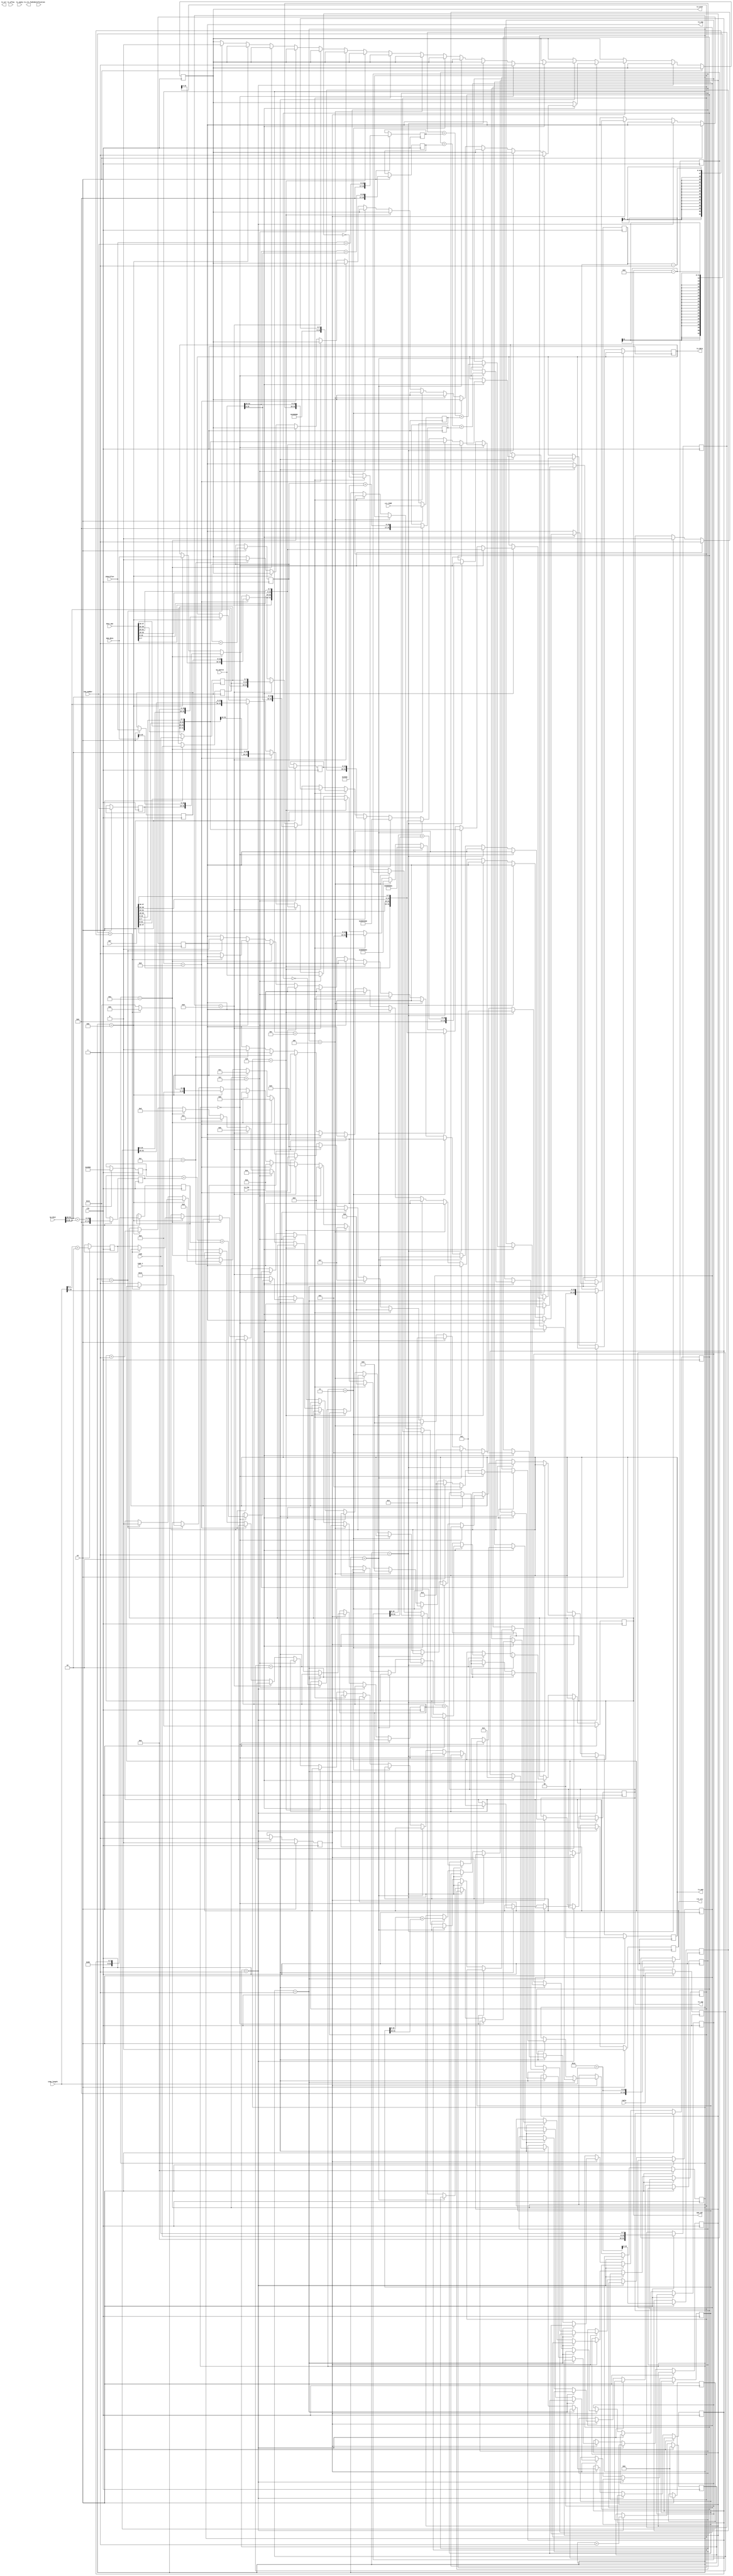
//-----------------------------------------------------------------------------
//
// Title       : udp_sender
// Design      : list
// Company     : Microsoft
//
//-----------------------------------------------------------------------------
//
// Generated   : Tue Feb  5 15:49:38 2019
// From        : interface description file
// By          : Itf2Vhdl ver. 1.22
//
//-----------------------------------------------------------------------------
//
// Description : 
//
//-----------------------------------------------------------------------------
`timescale 1 ns / 1 ps

//{{ Section below this comment is automatically maintained
//   and may be overwritten
//{module {udp_sender}}
module arp_sender ( en,tx_uflow ,tx_septy ,tx_mod ,tx_err ,
	tx_crc_fwd ,tx_wren ,tx_rdy ,tx_eop ,
	tx_sop ,tx_data ,ip_dest ,ip_source ,dest_mac ,mac ,clk,reply,
	type_i,code,identifier,seq_number,identification,mem_data,mem_adr,crc_ICMP,icmp_length,rst_crc
	 );

input [15:0] icmp_length;
input [31:0] crc_ICMP;	 
	 
input  [31:0] mem_data;
output [10:0] mem_adr;	 
	 
input [15:0] identification ;
wire [15:0] identification ;

input [7:0] reply ;
wire [7:0] reply ;

input [7:0] type_i;
wire  [7:0] type_i;

input [7:0] code;
wire  [7:0] code;

input [15:0] identifier;
wire  [15:0] identifier;

input [15:0] seq_number;
wire  [15:0] seq_number;

output rst_crc;

output [1:0] tx_mod ;
wire [1:0] tx_mod ;	//Indicates invalid bytes in the final frame word
output tx_err ;
wire tx_err ;
output tx_crc_fwd ;
wire tx_crc_fwd ;
output tx_wren ;
wire tx_wren ;
output tx_eop ;
wire tx_eop ;
output tx_sop ;
wire tx_sop ;
output [31:0] tx_data ;
wire [31:0] tx_data ;

input en ;
wire en ;
input tx_uflow ;
wire tx_uflow ;
input tx_septy ;
wire tx_septy ;
input tx_rdy ;
wire tx_rdy ;



input [31:0] ip_dest ;
wire [31:0] ip_dest ;
input [31:0] ip_source ;
wire [31:0] ip_source ;
input [47:0] dest_mac ;
wire [47:0] dest_mac ;
input [47:0] mac ;
wire [47:0] mac ;
input clk ;
wire clk ;

reg [15:0] step=0;
reg [31:0] data_reg=0;
reg [31:0] crc_reg=0;

reg [1:0]  tx_mod_reg=0;
reg  tx_sop_reg=0;
reg  tx_eop_reg=0;
reg  tx_wren_reg=0;	
reg [15:0] sch=0;
reg [ 7:0] code_reply=0;
reg [31:0] reg_timer=0;

reg [15:0] lenght_Type=16'h0800; 
reg [ 7:0] Version_IntHiderLengh=8'h45;   
reg [ 7:0] Diff_service=8'h00; 
reg [15:0] Total_length=16'd60;//20 (ip header) + 8 (udp header) +  32 byte data 	= 
reg [15:0] Total_length_z =16'd60;
reg [15:0] Total_length_z2=16'd60;//      
reg [15:0] reg_Identification=16'h00;	
reg [15:0] Flags_fragment_offset=16'h4000;	//dont'fragment 
reg [ 7:0] Time_to_live=8'd128;	
reg [ 7:0] Protocol=8'h11;
reg [31:0] temp_Header_crc=0;

reg [31:0] crc0=0;
reg [31:0] crc1=0;
reg [31:0] crc2=0;
reg [31:0] crc3=0;
reg [31:0] crc4=0;
reg [31:0] crc5=0;
reg [31:0] crc_x=0;
reg [31:0] crc_y=0;

reg [31:0] cc0=0;
reg [31:0] cc1=0;
reg [31:0] cc2=0;
reg [31:0] cc3=0;
reg [31:0] cc4=0;
reg [31:0] cc5=0;
reg [31:0] cc_x=0;
reg [31:0] cc_y=0;


reg [15:0] Header_crc=0; 
reg [15:0] Header_crc_temp=0; 
reg [15:0] Length=46;//8 (UDP header) + 38 byte data
reg [31:0] Checksum=0;	  
reg [15:0] ARP_frame_type=16'h0806;
reg [15:0] sch_ident=0;
reg flag_crc=0;

//ICMP
reg [ 7:0] reg_type=0;
reg [ 7:0] reg_code=0;
reg [15:0] reg_identifier=0;
reg [15:0] reg_seq_number=0; 
reg [31:0] reg_message=32'hdeedbeef;
reg [10:0] reg_mem_adr=0;
reg [15:0] reg_icmp_length=0;
reg [ 1:0] reg_mod_eop=0;
reg reg_rst_crc=0;
 
assign 	tx_sop=tx_sop_reg;
assign 	tx_eop=tx_eop_reg;
assign 	tx_wren=tx_wren_reg;
assign  tx_data=data_reg;
assign  tx_mod=tx_mod_reg;
assign  mem_adr = reg_mem_adr;
assign  rst_crc = reg_rst_crc;

always @(posedge clk)
	
	if (en) 
		begin
		step<=0;	
		crc_reg<=0;	
		sch<=0;
		code_reply<=reply;
		reg_type<=type_i;
		reg_code<=code;
		reg_identifier<=identifier;
		reg_seq_number<=seq_number;	
		tx_mod_reg<=0;
		reg_timer<=0;
		sch_ident<=sch_ident+1;
		
		flag_crc<=0;
		
		reg_icmp_length<=icmp_length>>2;
		reg_mod_eop<=icmp_length[1:0]+2'h2;
		reg_mem_adr<=0;
		reg_rst_crc<=0;
		
		Total_length      <=28+icmp_length;
		Total_length_z    <=28+icmp_length;
		crc5              <=28+icmp_length;
		reg_Identification<=sch_ident;//identification
		
		crc0<={Time_to_live,Protocol};
		crc1<= ip_dest[31:16]+ip_dest[15:0];
		crc2<={Version_IntHiderLengh,Diff_service};
		crc3<= sch_ident+Flags_fragment_offset;
		crc4<= ip_source[31:16]+ip_source[15:0];
		
		//-----------------
		cc0<={type_i,code};
		cc1<=identifier+seq_number;
		cc2<=crc_ICMP;
		
		end
	else
	if (reg_timer<1)
	begin
		reg_timer<=reg_timer+1;

		flag_crc<=1;
		
	end 
	else

if (flag_crc==1)
begin	

	if (code_reply==1)//ARP reply
	begin
	if (tx_rdy)
		begin
			
			if (step==0)   //------------------MAC header -----------------------
				begin
				tx_wren_reg<=1;//write enable	
				tx_sop_reg<=1;//start of packet	
				data_reg<={dest_mac[7:0],dest_mac[15:8],dest_mac[23:16],dest_mac[31:24]};
				step<=1;				
				end	else
			if (step==1)
				begin
				tx_sop_reg<=0;//start of packet	
				data_reg<={dest_mac[39:32],dest_mac[47:40],mac[7:0],mac[15:8]};	
				step<=2;
				end	else
			if (step==2)
				begin
				data_reg<={mac[23:16],mac[31:24],mac[39:32],mac[47:40]};	
				step<=3;
				end	else
			if (step==3)               //--------------ARP Header ---------
				begin
				data_reg<={ARP_frame_type,16'h0001};	//
				step<=4;
				end	else
			if (step==4)
				begin
				data_reg<={16'h0800,8'h06,8'h04};	 //
				step<=5;
				end	else  
			if (step==5)
				begin
				data_reg<={16'h0002,mac[47:40],mac[39:32]}; //
				step<=6;	
				end	else
			if (step==6)
				begin
				data_reg<={mac[31:24],mac[23:16],mac[15:8],mac[7:0]};		 //	
				step<=7;
				end	else
			if (step==7)
				begin
				data_reg<={ip_source[31:16],ip_source[15:0]};		 //	
				step<=8;
				end	else
			if (step==8)
				begin
				data_reg<={dest_mac[7:0],dest_mac[15:8],dest_mac[23:16],dest_mac[31:24]};	    //	
				step<=9;
				end	else		
			if (step==9)
				begin
				data_reg<={dest_mac[39:32],dest_mac[47:40],ip_dest[31:24],ip_dest[23:16]};	// 
				step<=10;
				end	else 
			if (step==10)
				begin
				data_reg<={ip_dest[16:0],crc_reg[31:24],crc_reg[23:16]};	//
				step<=11;
				end	else 
			if (step==11) //
				begin
				data_reg<={crc_reg[15:8],crc_reg[7:0],16'h0000};	
				step<=12;
				tx_eop_reg<=1'b1;//end of packet
				end	else
			if (step==12)
				begin 
				tx_wren_reg<=0;//write desable
				tx_eop_reg<=1'b0;
				step<=13;
				end	
		end
	end else
	if (code_reply==2)//ICMP reply
	begin
	if (tx_rdy)
		begin
			Protocol<=1;			
					
			if (step==0)   //------------------MAC header -----------------------
				begin				
				tx_wren_reg<=1;//write enable	
				tx_sop_reg<=1;//start of packet	
				data_reg<={dest_mac[7:0],dest_mac[15:8],dest_mac[23:16],dest_mac[31:24]};
				step<=1;	
				crc_x<=crc5+crc4+crc3;
				crc_y<=crc2+crc1+crc0;	

				cc_x<=cc0+cc1+cc2;
				end	else
			if (step==1)
				begin
				cc_y<=cc_x[15:0]+cc_x[31:16];
				temp_Header_crc<=crc_x+crc_y;
				tx_sop_reg<=0;//start of packet	
				data_reg<={dest_mac[39:32],dest_mac[47:40],mac[7:0],mac[15:8]};	
				step<=2;
				end	else
			if (step==2)
				begin
				Header_crc_temp<=(temp_Header_crc[15:0]+temp_Header_crc[31:16]);
				data_reg<={mac[23:16],mac[31:24],mac[39:32],mac[47:40]};	
				step<=3;
				end	else
			if (step==3)               //--------------IP Header ---------
				begin
				data_reg<={lenght_Type,Version_IntHiderLengh,Diff_service};	//ip header = 2 octet
				step<=4;
				end	else
			if (step==4)
				begin
				data_reg<={Total_length_z,reg_Identification};	 //	 ip header = 4 octet
				step<=5;
				end	else  
			if (step==5)
				begin
				data_reg<={Flags_fragment_offset,Time_to_live,Protocol}; //	 ip header = 4 octet	
				step<=6;	
				Header_crc<=~Header_crc_temp;
				end	else
			if (step==6)
				begin
				data_reg<={Header_crc,ip_source[31:16]};		 //	 ip header = 4 octet
				step<=7;
				end	else
			if (step==7)
				begin
				data_reg<={ip_source[15:0],ip_dest[31:16]};		 //	 ip header = 4 octet
				step<=8;
				Checksum<=~cc_y;
				reg_mem_adr<=10;
				end	else
			if (step==8)
				begin
				data_reg<={ip_dest[15:0],reg_type,reg_code};	    //	 ip header = 2 octet   //----------UDP---------------	udp header =  2 octet 
				step<=9; 
				reg_mem_adr<=11;
				end	else		
			if (step==9)
				begin
				data_reg<={Checksum[15:0],reg_identifier};	// udp header =  4 octet {Checksum[15:0],reg_identifier} 
				step<=10;
				reg_mem_adr<=12;
				end	else 
			if (step==10)
				begin
				data_reg<={reg_seq_number,mem_data[15:0]};	//start data 16'h0000 - rezerv	  udp header =  2 octet 
				step<=11;
				reg_mem_adr<=13;
				end	else 
			if (step==11)
				begin
				if ((reg_mem_adr-13)<(reg_icmp_length-1)) 
					begin
					step<=11;
					data_reg<={mem_data};
					reg_mem_adr<=reg_mem_adr+1;
					end 
						else 
						begin
						step<=19;
						tx_mod_reg<=reg_mod_eop;   //
						tx_eop_reg<=1'b1;//end of packet
						data_reg<={mem_data};
						reg_mem_adr<=reg_mem_adr+1;
						reg_rst_crc<=1;
						end
				end else				
				if (step==19)
				begin
				tx_wren_reg<=0;//write desable
				tx_eop_reg<=1'b0;
				step<=20;
				reg_rst_crc<=0;
				end
		end
	end
end
endmodule